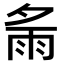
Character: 𩁼